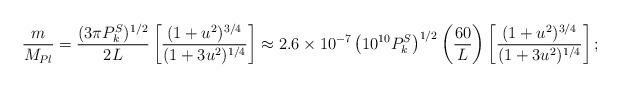
LaTeX: \begin{align*}{m\over M_{Pl}}={(3\pi P_k^S)^{1/2}\over 2L}\left[{(1+u^2)^{3/4}\over(1+3u^2)^{1/4}}\right]\approx 2.6\times 10^{-7}\left(10^{10}P_k^S\right)^{1/2}\left({60\over L}\right)\left[{(1+u^2)^{3/4}\over(1+3u^2)^{1/4}}\right];\end{align*}